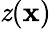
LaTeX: \mathit{z}(\mathbf{{x}})